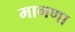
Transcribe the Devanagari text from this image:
मागणा